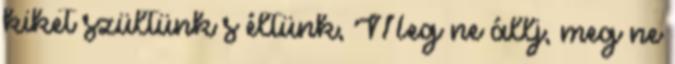
kiket szültünk s éltünk, Meg ne állj, meg ne